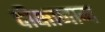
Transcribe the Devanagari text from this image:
दीक्षानाम